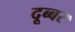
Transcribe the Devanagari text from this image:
दूब्बर